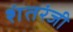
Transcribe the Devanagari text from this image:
शंतरंजी